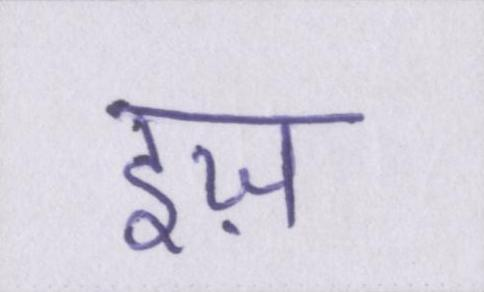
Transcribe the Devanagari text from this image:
इज़